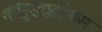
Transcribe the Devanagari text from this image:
कॉर्डाइऐंथस